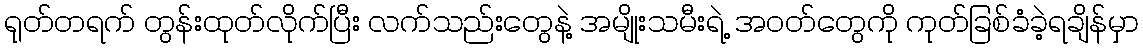
ရုတ်တရက် တွန်းထုတ်လိုက်ပြီး လက်သည်းတွေနဲ့ အမျိုးသမီးရဲ့ အဝတ်တွေကို ကုတ်ခြစ်ခံခဲ့ရချိန်မှာ